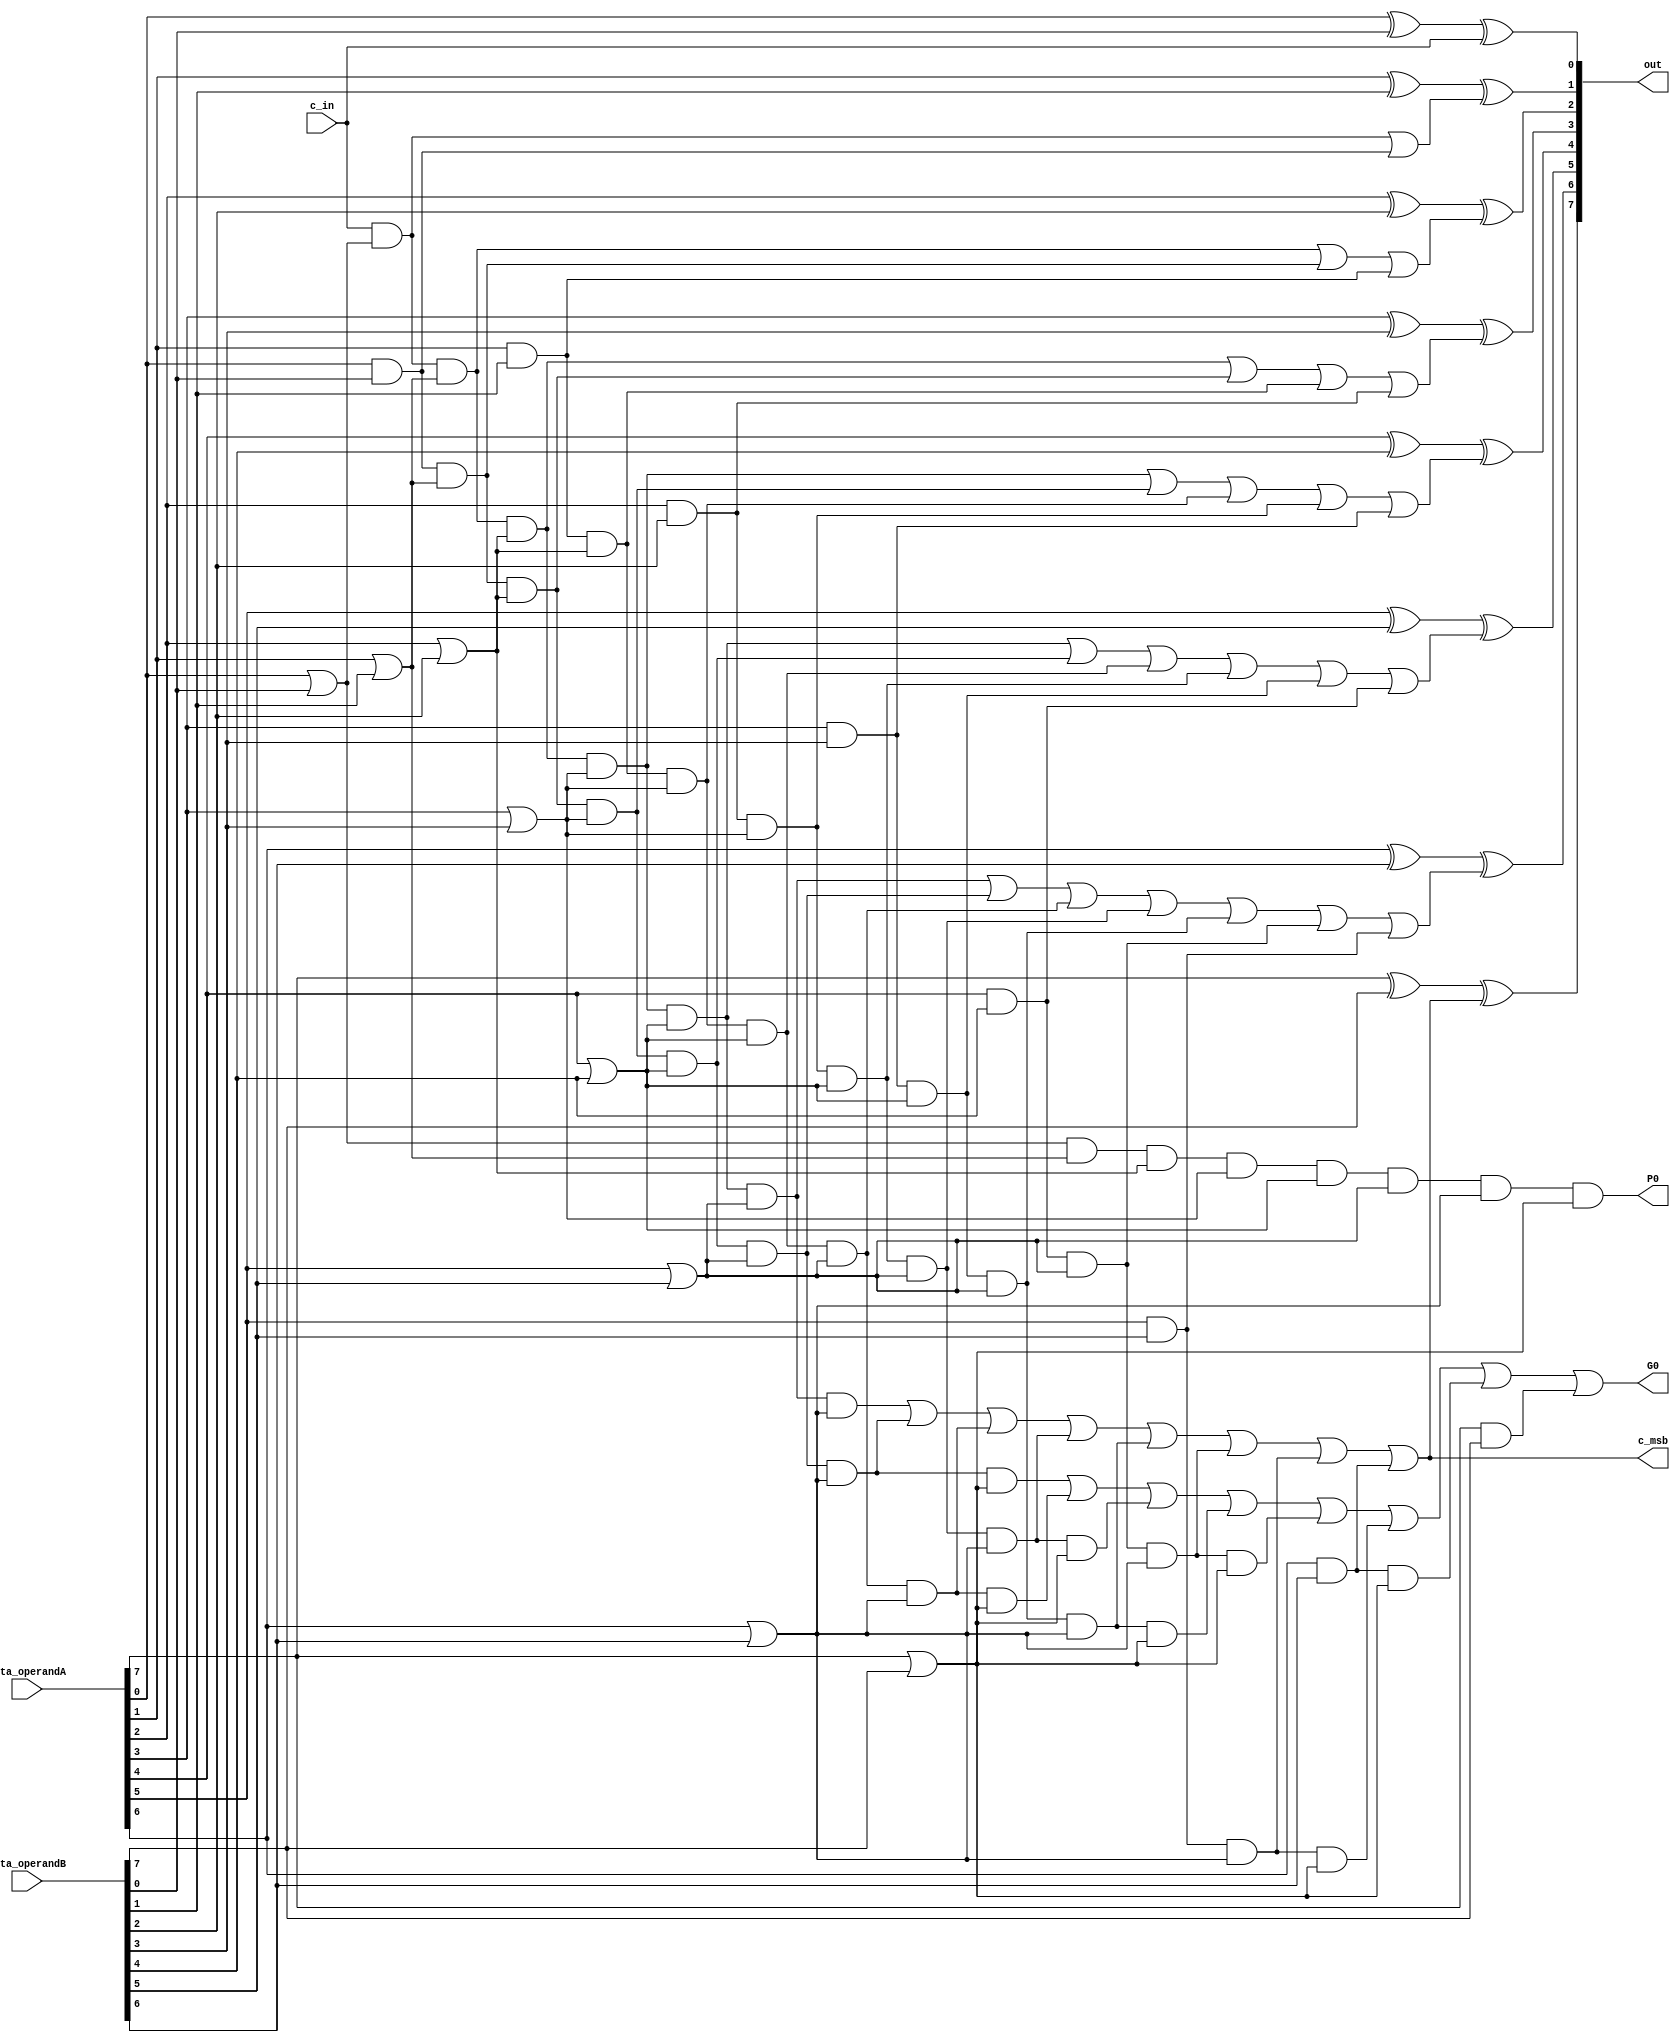
module cla_8b(out, P0, G0, c_msb, data_operandA, data_operandB, c_in);

    input [7:0] data_operandA, data_operandB;
    input c_in;
    output [7:0] out;
    output P0, G0;
    output c_msb;

    wire p0, p1, p2, p3, p4, p5, p6, p7; //propogate (x+y)

    //output from the and of carry ins and propogates
    //wiring to aid with quick calculation of carries simultaneously
    wire pc0;
    wire pc1a, pc1b;
    wire pc2a, pc2b, pc2c;
    wire pc3a, pc3b, pc3c, pc3d; 
    wire pc4a, pc4b, pc4c, pc4d, pc4e;
    wire pc5a, pc5b, pc5c, pc5d, pc5e, pc5f;
    wire pc6a, pc6b, pc6c, pc6d, pc6e, pc6f, pc6g; 
    wire pc7b, pc7c, pc7d, pc7e, pc7f, pc7g, pc7h;  //pc7a missing because it generates P0 here


    wire g0, g1, g2, g3, g4, g5, g6, g7; // generate x & y
    
    wire c1, c2, c3, c4, c5, c6, c7; //carry out of each bit calculated simultaneously

    //generating c1
    or gen_p0(p0, data_operandA[0], data_operandB[0]);
    and gen_prop1(pc0, c_in, p0);
    and gen_g0(g0, data_operandA[0], data_operandB[0]);

    or gen_c1(c1, pc0, g0); // decide c1 for carry

    //generating c2
    or gen_p1(p1, data_operandA[1], data_operandB[1]);
    and gen_prop1a(pc1a, c_in, p0, p1);
    and gen_prop1b(pc1b, g0, p1);
    and gen_g1(g1, data_operandA[1], data_operandB[1]);
    
    or gen_c2(c2, pc1a, pc1b, g1);

    //generating c3
    or gen_p2(p2, data_operandA[2], data_operandB[2]);
    and gen_prop2a(pc2a, c_in, p0, p1, p2);
    and gen_prop2b(pc2b, g0, p1, p2);
    and gen_prop2c(pc2c, g1, p2);

    and gen_g2(g2, data_operandA[2], data_operandB[2]);
    
    or gen_c3(c3, pc2a, pc2b, pc2c, g2);

    //generating c4
    or gen_p3(p3, data_operandA[3], data_operandB[3]);
    and gen_prop3a(pc3a, c_in, p0, p1, p2, p3);
    and gen_prop3b(pc3b, g0, p1, p2, p3);
    and gen_prop3c(pc3c, g1, p2, p3);
    and gen_prop3d(pc3d, g2, p3);

    and gen_g3(g3, data_operandA[3], data_operandB[3]);
    
    or gen_c4(c4, pc3a, pc3b, pc3c, pc3d, g3);

    //generating c5
    or gen_p4(p4, data_operandA[4], data_operandB[4]);
    and gen_prop4a(pc4a, c_in, p0, p1, p2, p3, p4);
    and gen_prop4b(pc4b, g0, p1, p2, p3, p4);
    and gen_prop4c(pc4c, g1, p2, p3, p4);
    and gen_prop4d(pc4d, g2, p3, p4);
    and gen_prop4e(pc4e, g3, p4);

    and gen_g4(g4, data_operandA[4], data_operandB[4]);
    
    or gen_c5(c5, pc4a, pc4b, pc4c, pc4d, pc4e, g4);

    //generating c6
    or gen_p5(p5, data_operandA[5], data_operandB[5]);
    and gen_prop5a(pc5a, c_in, p0, p1, p2, p3, p4, p5);
    and gen_prop5b(pc5b, g0, p1, p2, p3, p4, p5);
    and gen_prop5c(pc5c, g1, p2, p3, p4, p5);
    and gen_prop5d(pc5d, g2, p3, p4, p5);
    and gen_prop5e(pc5e, g3, p4, p5);
    and gen_prop5f(pc5f, g4, p5);

    and gen_g5(g5, data_operandA[5], data_operandB[5]);
    
    or gen_c6(c6, pc5a, pc5b, pc5c, pc5d, pc5e, pc5f, g5);

    //generating c7
    or gen_p6(p6, data_operandA[6], data_operandB[6]);
    and gen_prop6a(pc6a, c_in, p0, p1, p2, p3, p4, p5, p6);
    and gen_prop6b(pc6b, g0, p1, p2, p3, p4, p5, p6);
    and gen_prop6c(pc6c, g1, p2, p3, p4, p5, p6);
    and gen_prop6d(pc6d, g2, p3, p4, p5, p6);
    and gen_prop6e(pc6e, g3, p4, p5, p6);
    and gen_prop6f(pc6f, g4, p5, p6);
    and gen_prop6g(pc6g, g5, p6);

    and gen_g6(g6, data_operandA[6], data_operandB[6]);
    
    or gen_c7(c7, pc6a, pc6b, pc6c, pc6d, pc6e, pc6f, pc6g, g6);

    assign c_msb = c7; //makes overflow calculations easier in the add and sub units

    //generating P0 and G0
    or gen_p7(p7, data_operandA[7], data_operandB[7]);
    
    and gen_prop7b(pc7b, g0, p1, p2, p3, p4, p5, p6, p7);
    and gen_prop7c(pc7c, g1, p2, p3, p4, p5, p6, p7);
    and gen_prop7d(pc7d, g2, p3, p4, p5, p6, p7);
    and gen_prop7e(pc7e, g3, p4, p5, p6, p7);
    and gen_prop7f(pc7f, g4, p5, p6, p7);
    and gen_prop7g(pc7g, g5, p6, p7);
    and gen_prop7h(pc7h, g6, p7);

    and gen_g7(g7, data_operandA[7], data_operandB[7]);
    
    or gen_G0(G0, pc7b, pc7c, pc7d, pc7e, pc7f, pc7g, pc7h, g7);
    and gen_P0(P0, p0, p1, p2, p3, p4, p5, p6, p7);


    //c0-c7 have been established, now need to actually do the bit math to get the output
    xor result0(out[0], data_operandA[0], data_operandB[0], c_in);
    xor result1(out[1], data_operandA[1], data_operandB[1], c1);
    xor result2(out[2], data_operandA[2], data_operandB[2], c2);
    xor result3(out[3], data_operandA[3], data_operandB[3], c3);
    xor result4(out[4], data_operandA[4], data_operandB[4], c4);
    xor result5(out[5], data_operandA[5], data_operandB[5], c5);
    xor result6(out[6], data_operandA[6], data_operandB[6], c6);
    xor result7(out[7], data_operandA[7], data_operandB[7], c7);

endmodule